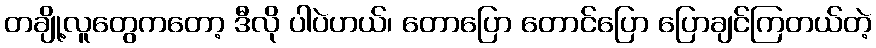
တချို့လူတွေကတော့ ဒီလို ပါပဲဟယ်၊ တောပြော တောင်ပြော ပြောချင်ကြတယ်တဲ့